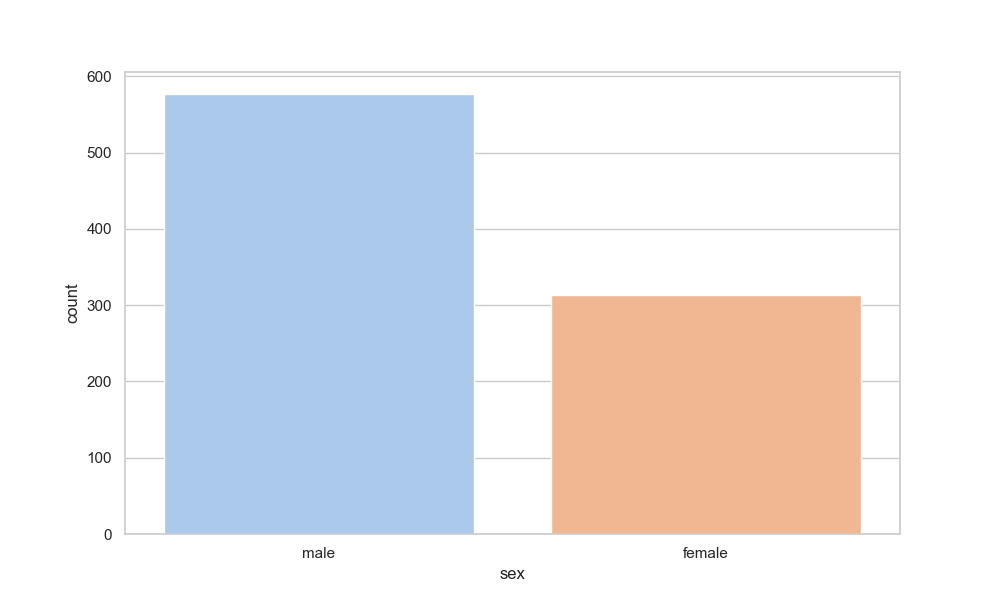
python, seaborn, countplot, x='sex', palette='pastel', hue='sex'